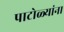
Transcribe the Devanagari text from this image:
पाटोळ्यांना